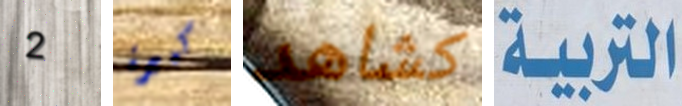
2 كبيرة كشاهد التربية